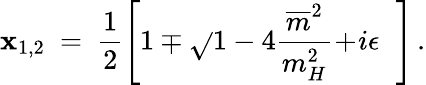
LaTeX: \mathbf{x}_{1,2}\ =\ \frac{{1}}{{2}}\left[1\mp\sqrt{}{{1-4\frac{{\overline{{{{m}}}}^{2}}}{{m_{H}^{2}}}\! +\! i\epsilon\, }}\ \, \right]\, .